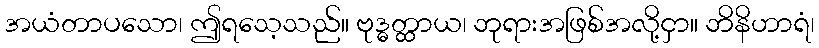
အယံတာပသော၊ ဤရသေ့သည်။ ဗုဒ္ဓတ္ထာယ၊ ဘုရားအဖြစ်အလို့ငှာ။ ဘိနိဟာရံ၊